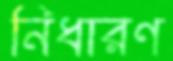
নিধারণ